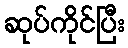
ဆုပ်ကိုင်ပြီး